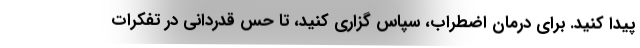
پیدا کنید. برای درمان اضطراب، سپاس گزاری کنید، تا حس قدردانی در تفکرات